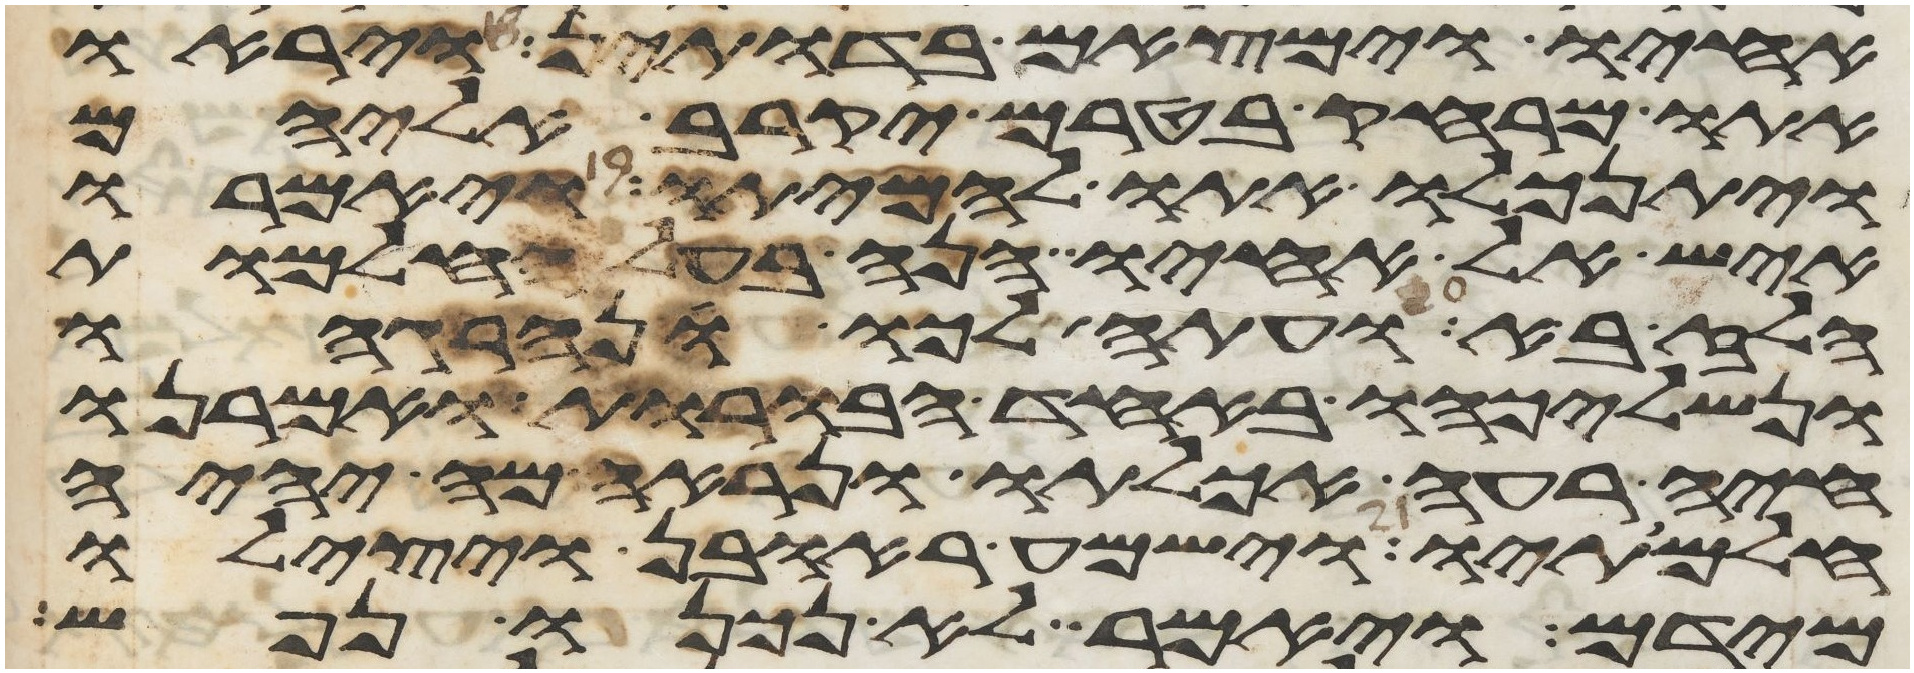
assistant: אחיו וימצאם בדותין ויראו
אתו מרחק בטרם יקרב אליהם
ויתנכלו אתו להמיתו ויאמרו
איש אל אחיו הנה בעל החלמות
הלז בא ועתה לכו ונהרגהו
ונשליכהו באחד הבורות ואמרנו
חיה רעה אכלתו ונראה מה יהיה
חלמתיו וישמע ראובן ויצלו
מידם ויאמר לא נכנו נפש